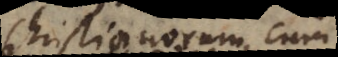
Christianorum cum